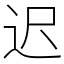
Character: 迟